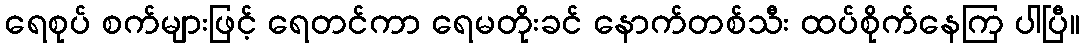
ရေစုပ် စက်များဖြင့် ရေတင်ကာ ရေမတိုးခင် နောက်တစ်သီး ထပ်စိုက်နေကြ ပါပြီ။